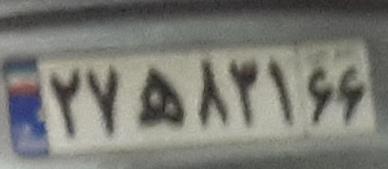
۲۷ه۸۳۱۶۶